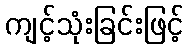
ကျင့်သုံးခြင်းဖြင့်